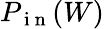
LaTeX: P_{\mathrm{~i~n~}}(W)